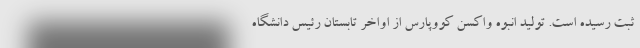
ثبت رسیده است. تولید انبوه واکسن کووپارس از اواخر تابستان رئیس دانشگاه